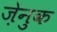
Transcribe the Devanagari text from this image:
ज़ेनुक